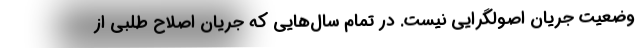
وضعیت جریان اصولگرایی نیست. در تمام سال‌هایی که جریان اصلاح طلبی از